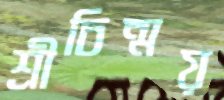
শ্রীচিন্ময়